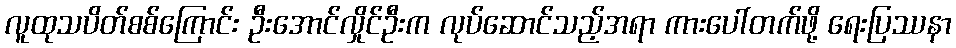
လူထုသပိတ်စစ်ကြောင်း ဦးအောင်လှိုင်ဦးက လုပ်ဆောင်သည့်အရာ ကားပေါ်တက်ဖို့ ရေးပြဿနာ